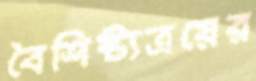
বৈশিষ্ট্যত্রয়ের